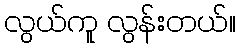
လွယ်ကူ လွန်းတယ်။